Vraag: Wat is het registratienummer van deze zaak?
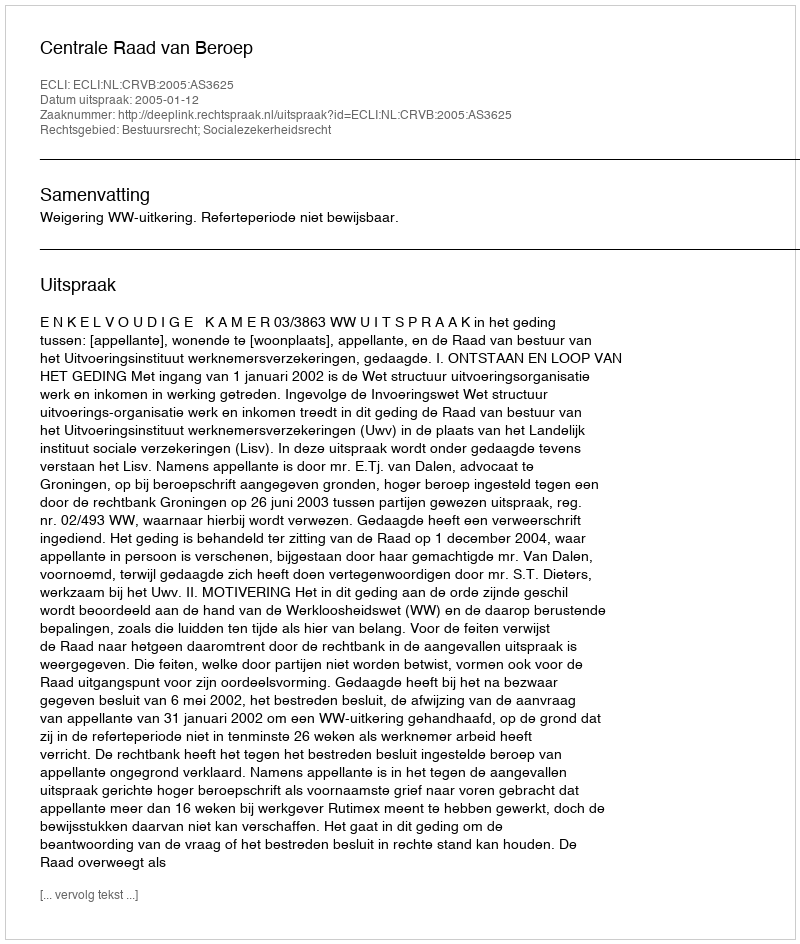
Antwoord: http://deeplink.rechtspraak.nl/uitspraak?id=ECLI:NL:CRVB:2005:AS3625